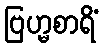
ဗြဟ္မစာရိံ